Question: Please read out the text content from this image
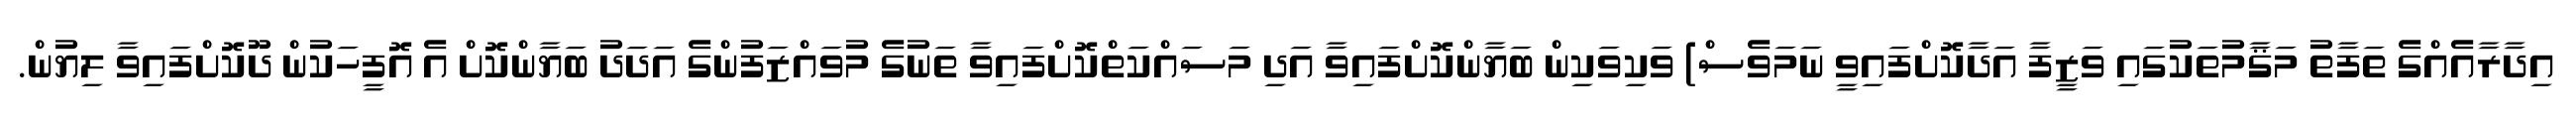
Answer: އިދާރާއެއްގެ ތަފާތު މަޤާމުތަކުގައި ވަޒީފާ އަދާކޮށްފައިވީ ނަމަވެސް) ވަކިވަކިން ބަޔާންކޮށްފައިވާ އަދި މަސައްކަތްކޮށްފައިވާ ތަނުގެ މުވައްޒަފުންގެ އަދަދު ބަޔާންކޮށް އެ އޮފީހަކުން ދޫކޮށްފައިވާ ލިޔުން.